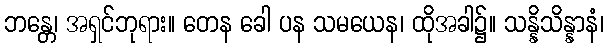
ဘန္တေ၊ အရှင်ဘုရား။ တေန ခေါ ပန သမယေန၊ ထိုအခါ၌။ သန္နိသိန္နာနံ၊